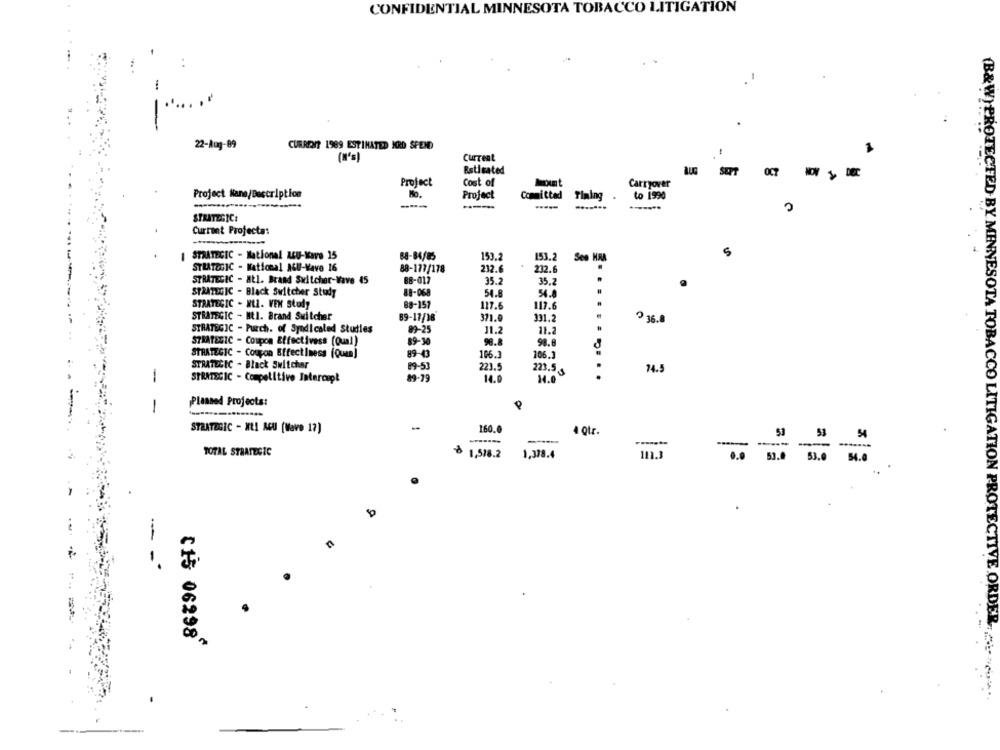
CONFIDENTIAL MINNESOTA TOBACCO LITIGATION
(B&W)PRO4
22-Aug-89
CURRENT 1989 ESTIMATED HRD SPEND
(M'a)
Current
Estimated
SEPT
OCT
DOC
Project
Cost of
Mout
Carryover
Project Nane/Description
Project
Committed
to 1990
Timing .
---
-----
STRATEGIC:
Current Projecta:
STRATEGIC - National ACU-Wave 15
88-84/85
5
153.2
153.2
Ses HRA
STRATEGIC - National AGU-Wave 16
88-177/178
232.6
232.6
STRATEGIC - ALI. Brand Switcher-Wave 45
88-017
35.2
35.2
STRATEGIC - Black Switcher Study
88-068
54.8
54.8
STRATEGIC - HEL. VEN Study
88-157
117.6
117.6
STRATEGIC - MAI. Brand Switcher
89-17/18
371.0
331.2
2.36.0
STRATEGIC - Purch. of Syndicaled Studies
89-25
11.2
11.2
STRATEGIC - Coupon Effectivess (Qual)
89-30
98.8
89-43
STRATEGIC - Coupon EffectIness (Quan]
106.3
106.3
STRATEGIC - Black Switcher
29-51
223.5
223.5 5
74.5
-
STRATEGIC - Competitive Intercept
89-79
14.0
14.0
........
Planned Projects:
-
160.0
STRATEGIC - KLI ACU (Wave 17)
4 otr.
53
53
54
-
TOTAL STRATEGIC
1,518.2
1,378.4
11.3
PROTECTED BY MINNESOTA TOBACCO LITIGATION
0
- --
(15 06298
--